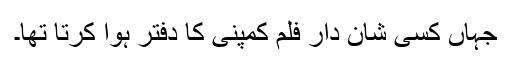
جہاں کسی شان دار فلم کمپنی کا دفتر ہوا کرتا تھا۔